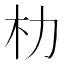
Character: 朸